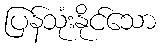
ပြန်သုံးနိုင်သော